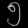
Digit: ၅